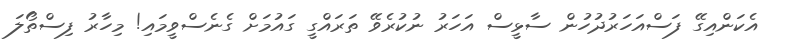
އެކަންއިގޭ ފަސްއަހަރުދުހުން ސާޅީސް އަހަރު ނުކުރެވޭ ތަރައްގީ ގައުމަށް ގެނެސްވީމައި! މިހާރު ފިސްތޯލަ